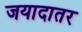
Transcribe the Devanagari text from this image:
जयादातर